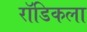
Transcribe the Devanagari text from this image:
रॉडिकला